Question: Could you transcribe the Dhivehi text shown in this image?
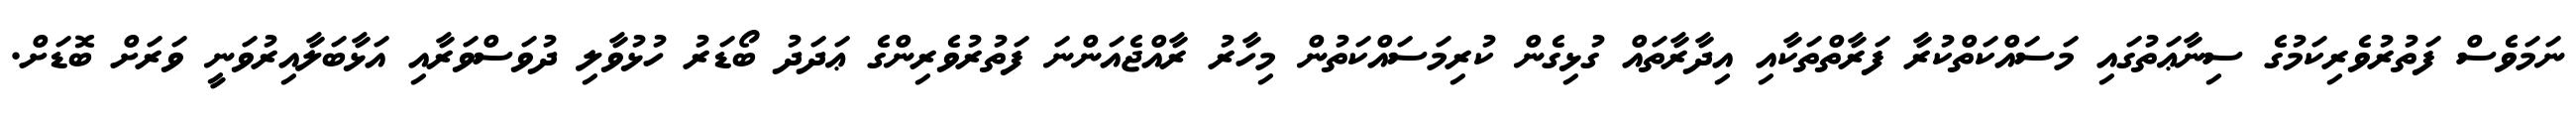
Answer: ނަމަވެސް ފަތުރުވެރިކަމުގެ ސިނާޢަތުގައި މަސައްކަތްކުރާ ފަރާތްތަކާއި އިދާރާތައް ގުޅިގެން ކުރިމަސައްކަތުން މިހާރު ރާއްޖެއަންނަ ފަތުރުވެރިންގެ ޢަދަދު ބޯޑަރު ހުޅުވާލި ދުވަސްވަރާއި އަޅާބަލާއިރުވަނީ ވަރަށް ބޮޑަށް.